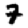
Digit: 7